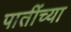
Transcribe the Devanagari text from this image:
पातींच्या